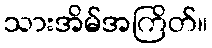
သားအိမ်အကြိတ်။